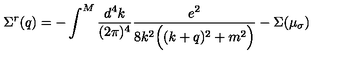
\Sigma ^ { r } ( q ) = - \int ^ { M } \frac { d ^ { 4 } k } { ( 2 \pi ) ^ { 4 } } \frac { e ^ { 2 } } { 8 k ^ { 2 } \Big ( ( k + q ) ^ { 2 } + m ^ { 2 } \Big ) } - \Sigma ( \mu _ { \sigma } )